Report on sanitation, dispensaries, and jails in Rajputana for 1921, and on vaccination for the year 1921-1922 - 1921-1922
Year: 1921
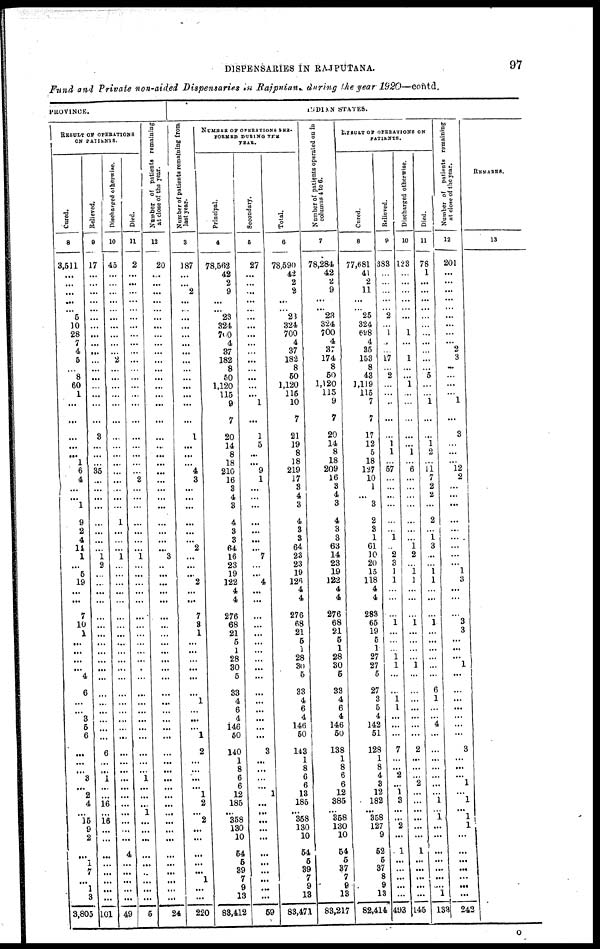
DISPENSARIES IN RAJPUTANA.
97
Fund and Private non-aided Dispensaries in Rajputana, during the year 1920—contd.
PROVINCE.
RESULT OF OPERATIONS
ON PATIENTS
Cured.
8
3,511
...
...
...
...
...
5
10
28
7
4
5
...
8
60
1
...
...
...
...
...
1
6
4
...
...
1
9
2
4
14
1
...
5
19
...
...
7
10
1
...
...
...
...
4
6
...
...
3
5
6
...
...
...
3
...
2
4
...
15
9
2
...
...
7
...
1
3
3,805
Relieved.
9
17
...
...
...
...
...
...
...
...
...
...
...
...
...
...
...
...
...
3
...
...
...
35
...
...
...
...
...
...
...
...
1
2
...
...
...
...
...
...
...
...
...
...
...
...
...
...
...
...
...
...
6
...
...
1
...
...
16
...
16
...
...
...
...
...
...
...
...
101
Discharged otherwise.
10
45
...
...
...
...
...
...
...
...
...
...
2
...
...
...
...
...
...
...
...
...
...
...
...
...
...
...
1
...
...
...
1
...
...
...
...
...
...
...
...
...
...
...
...
...
...
...
...
...
...
...
...
...
...
...
...
...
...
...
....
...
...
4
...
...
...
...
...
49
Died.
11
2
...
...
...
...
...
...
...
...
...
...
...
...
...
...
...
...
...
...
...
...
...
...
2
...
...
...
...
...
...
...
1
...
...
...
...
...
...
...
...
...
...
...
...
...
...
...
...
...
...
...
...
...
...
1
...
...
...
1
...
...
...
...
...
...
...
...
...
5
Number of patients remaining
at close of the year.
12
20
...
...
...
...
...
...
...
...
...
...
...
...
...
...
...
...
...
...
...
...
...
...
...
...
...
...
...
...
...
...
3
...
...
...
...
...
...
...
...
...
...
...
...
...
...
...
...
...
...
...
...
...
...
...
...
...
...
...
...
...
...
...
...
...
...
...
...
24
Number of patients remaining from
last year.
3
187
...
...
2
...
...
...
...
...
...
...
...
...
...
...
...
...
...
1
...
...
...
4
3
...
...
...
...
...
...
2
...
...
...
2
...
...
7
3
1
...
...
...
...
...
...
1
...
...
...
1
2
...
...
...
...
1
2
...
2
...
...
...
...
...
1
...
...
220
NUMBER OF OPERATIONS PER-
FORMED DURING THE
YEAR.
Principal.
4
78,562
42
2
9
...
...
23
324
700
4
37
182
8
50
1,120
115
9
7
20
14
8
18
210
16
3
4
3
4
3
3
64
16
23
19
122
4
4
276
68
21
5
1
28
30
5
33
4
6
4
146
50
140
1
8
6
6
12
185
...
358
130
10
54
5
39
7
9
13
83,412
Secondary.
5
27
...
...
...
...
...
...
...
...
...
...
...
...
...
...
...
1
...
1
5
...
...
9
1
...
...
...
...
...
...
...
7
...
...
4
...
...
...
...
...
...
...
...
...
...
...
...
...
...
...
...
3
...
...
...
...
1
...
...
...
...
...
...
...
...
...
...
...
59
Total.
6
78,590
42
2
2
...
...
23
324
700
4
37
182
8
50
1,120
115
10
7
21
19
8
18
219
17
3
4
3
4
3
3
64
23
23
19
126
4
4
276
68
21
5
1
28
30
5
33
4
6
4
146
50
143
1
8
6
6
13
185
...
358
130
10
54
5
39
7
9
13
83,471
INDIAN STATES.
Number of patients operated on in
columns 4 to 6.
7
78,284
42
2
9
...
...
23
324
700
4
37
174
8
50
1,120
115
9
7
20
14
8
18
209
16
3
4
3
4
3
3
63
14
23
19
122
4
4
276
68
21
5
1
28
30
5
33
4
6
4
146
50
138
1
8
6
6
12
385
...
358
130
10
54
5
37
7
9
13
83,217
RESULT
OF OPERATIONS ON
PATIENTS.
Cured.
8
77,681
41
2
11
...
...
25
324
698
4
35
153
8
43
1,119
115
7
7
17
12
5
18
127
10
1
...
3
2
3
1
61
10
20
15
118
4
4
283
65
19
5
1
27
27
5
27
3
5
4
142
51
128
1
8
4
3
12
182
...
358
127
9
52
5
37
8
9
13
82,414
Relieved.
9
383
...
...
...
...
...
2
...
1
...
...
17
...
2
...
...
...
...
...
1
1
...
57
...
...
...
...
...
...
1
...
2
3
1
1
...
...
...
1
...
...
...
1
1
...
...
1
1
...
...
...
7
...
...
2
...
1
3
...
...
2
...
1
...
...
...
...
...
493
Discharged otherwise.
10
123
...
...
...
...
...
...
...
1
...
...
1
...
...
1
...
...
...
...
...
1
...
6
...
...
...
...
...
...
...
1
2
...
1 1
...
...
...
1
...
...
...
...
1
...
...
...
...
...
...
...
2
...
...
...
2
...
...
...
...
...
...
1
...
...
...
...
...
145
Died.
11
78
1
...
...
...
...
...
...
...
...
...
...
...
5
...
...
1
...
...
1
2
...
11 7
2
2
...
2
...
1
3
...
...
1
1
...
...
...
1
...
...
...
...
...
...
6
1
...
...
4
...
...
...
...
...
...
...
1
...
1
...
...
...
...
...
...
...
1
133
Number of patients remaining
at close of the year.
12
201
...
...
...
...
...
...
...
...
...
2
3
...
...
...
...
1
...
3
...
...
...
l2
2
...
...
...
...
...
...
...
...
...
1
3
...
...
...
3
3
...
...
...
1
...
...
...
...
...
...
...
3
...
...
...
1
...
1
...
1 1
...
...
...
...
...
...
...
242
REMARKS.
13
O